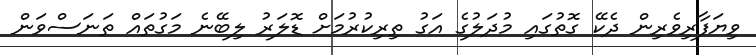
ވިޔަފާރިވެރިން ދެކޭ ގޮތުގައި މުދަލުގެ އަގު ތިރިކުރުމަށް ޑޮލަރު ލިބޭނެ މަގުތައް ތަނަސްވަން